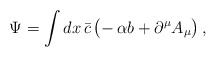
\begin{align*}\Psi=\int dx\,\bar c\,\bigl(-\,\alpha b+\partial^\mu A_\mu\bigr)\,,\end{align*}